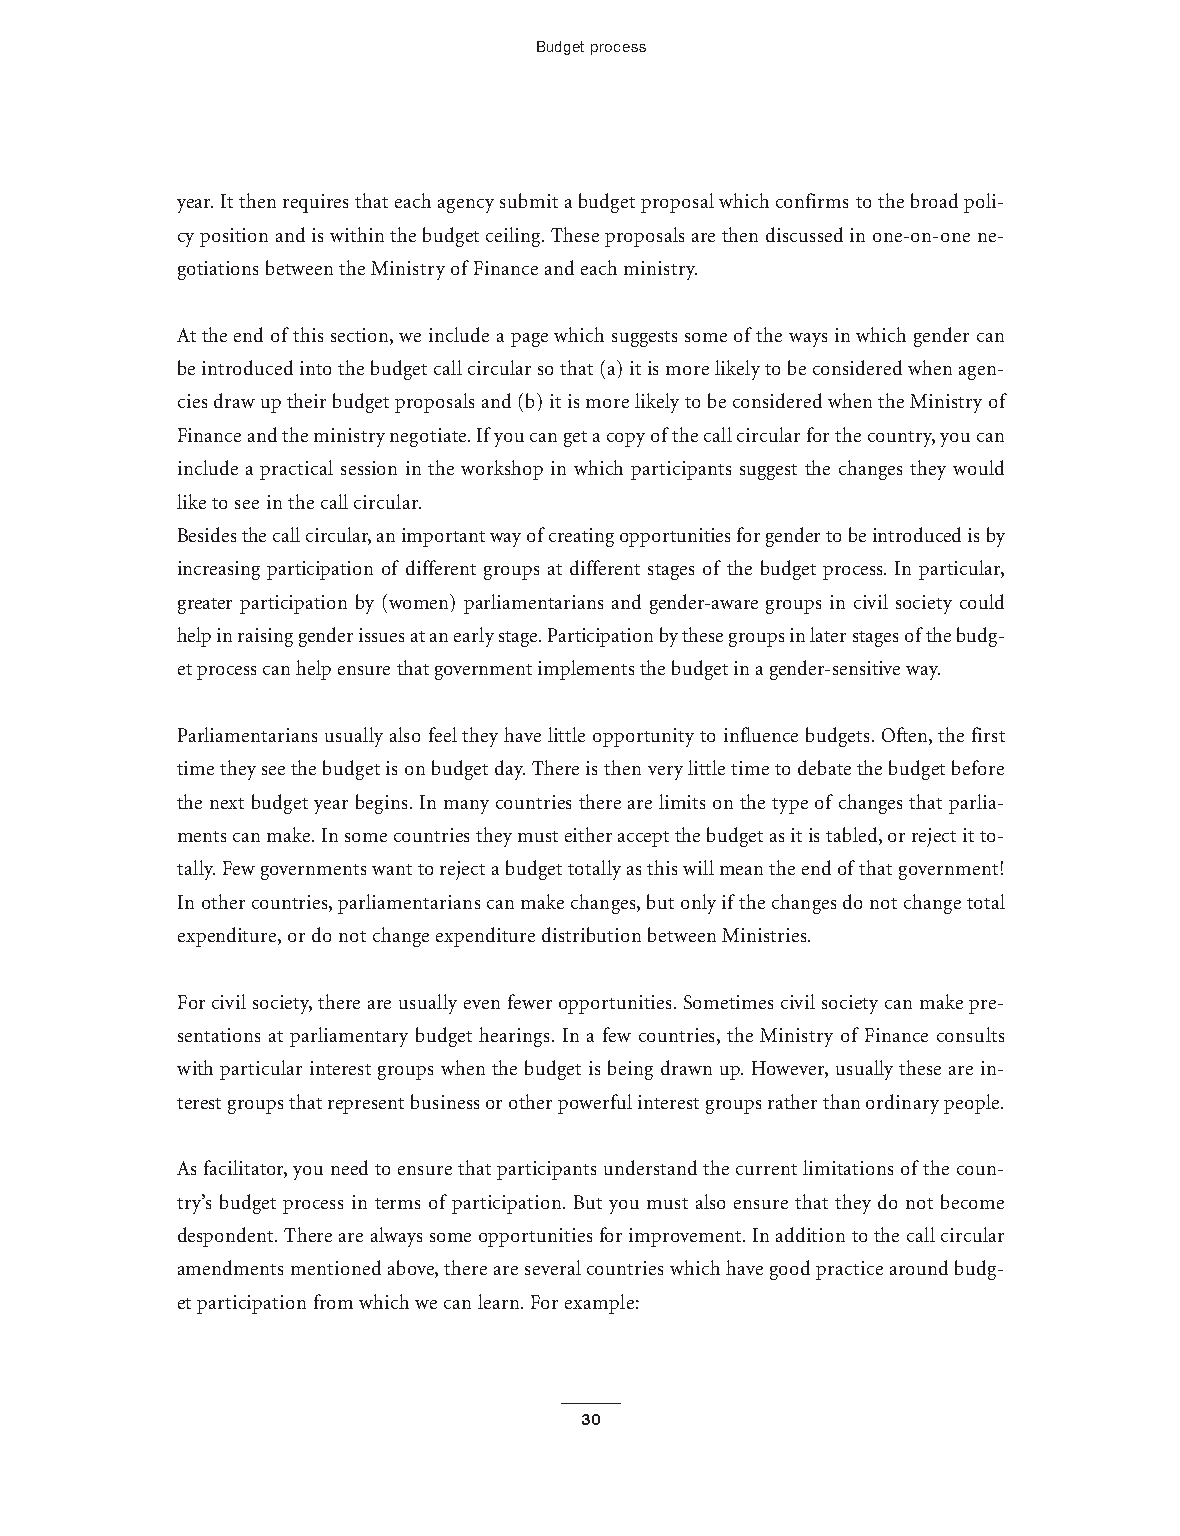
Budget process
 year.It then requires that each agency submit a budget proposal which confirms to the broad poli-
 cy position and is within the budget ceiling.These proposals are then discussed in one-on-one ne-
 gotiations between the Ministry of Finance and each ministry.
 At the end of this section,we include a page which suggests some of the ways in which gender can
 be introduced into the budget call circular so that (a) it is more likely to be considered when agen-
 cies draw up their budget proposals and (b) it is more likely to be considered when the Ministry of
 Finance and the ministry negotiate.Ifyou can get a copy ofthe call circular for the country,you can
 include a practical session in the workshop in which participants suggest the changes they would
 like to see in the call circular.
 Besides the call circular,an important way ofcreating opportunities for gender to be introduced is by
 increasing participation of different groups at different stages of the budget process. In particular,
 greater participation by (women) parliamentarians and gender-aware groups in civil society could
 help in raising gender issues at an early stage.Participation by these groups in later stages ofthe budg-
 et process can help ensure that government implements the budget in a gender-sensitive way.
 Parliamentarians usually also feel they have little opportunity to influence budgets.Often,the first
 time they see the budget is on budget day.There is then very little time to debate the budget before
 the next budget year begins.In many countries there are limits on the type of changes that parlia-
 ments can make.In some countries they must either accept the budget as it is tabled,or reject it to-
 tally.Few governments want to reject a budget totally as this will mean the end ofthat government!
 In other countries,parliamentarians can make changes,but only if the changes do not change total
 expenditure,or do not change expenditure distribution between Ministries.
 For civil society,there are usually even fewer opportunities.Sometimes civil society can make pre-
 sentations at parliamentary budget hearings. In a few countries, the Ministry of Finance consults
 with particular interest groups when the budget is being drawn up.However,usually these are in-
 terest groups that represent business or other powerful interest groups rather than ordinary people.
 As facilitator,you need to ensure that participants understand the current limitations of the coun-
 try’s budget process in terms of participation. But you must also ensure that they do not become
 despondent.There are always some opportunities for improvement.In addition to the call circular
 amendments mentioned above,there are several countries which have good practice around budg-
 et participation from which we can learn.For example:
 30